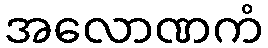
အလောဏကံ